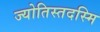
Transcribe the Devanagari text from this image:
ज्योतिस्तदस्मि